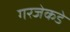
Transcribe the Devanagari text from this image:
गरजेकडे